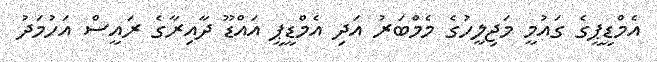
އެމްޑީޕީގެ ގައުމީ މަޖިލީހުގެ މެމްބަރު އަދި އެމްޑީޕީ އައްޑޫ ދާއިރާގެ ރައީސް އަހުމަދު